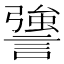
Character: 謽